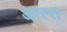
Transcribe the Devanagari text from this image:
आस्स